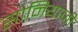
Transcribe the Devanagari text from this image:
सोनियाजी